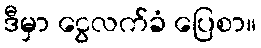
ဒီမှာ ငွေလက်ခံ ပြေစာ။